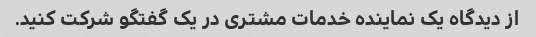
از دیدگاه یک نماینده خدمات مشتری در یک گفتگو شرکت کنید.